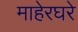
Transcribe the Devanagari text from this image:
माहेरघरे